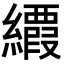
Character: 𦇉